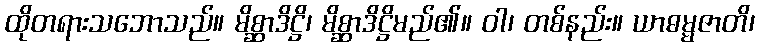
ထိုတရားသဘောသည်။ မိစ္ဆာဒိဋ္ဌိ၊ မိစ္ဆာဒိဋ္ဌိမည်၏။ ဝါ၊ တစ်နည်း။ ယာဓမ္မဇာတိ၊